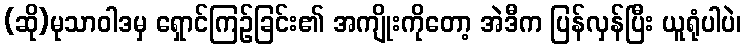
(ဆို)မုသာဝါဒမှ ရှောင်ကြဉ်ခြင်း၏ အကျိုးကိုတော့ အဲဒီက ပြန်လှန်ပြီး ယူရုံပါပဲ၊